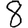
Digit: 8